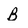
Character: B